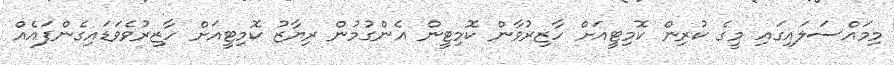
މިމައްސަލައިގައި މީގެ ކުރިން ކޮމިޓީއަށް ހާޒިރުވާން ކޮމިޓީން އެންގުމުން ރިޔާޒު ކޮމިޓީއަށް ހާޒިރުވެވަޑައިގެންފައެއް